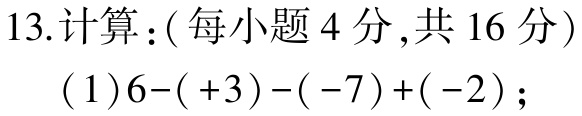
13.计算：(每小题4分,共16分)

(1)$6-( +3)-(-7)+(-2)$；